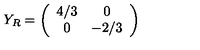
Y _ { R } = \left( \begin{array} { c c } { 4 / 3 } & { 0 } \\ { 0 } & { - 2 / 3 } \\ \end{array} \right)